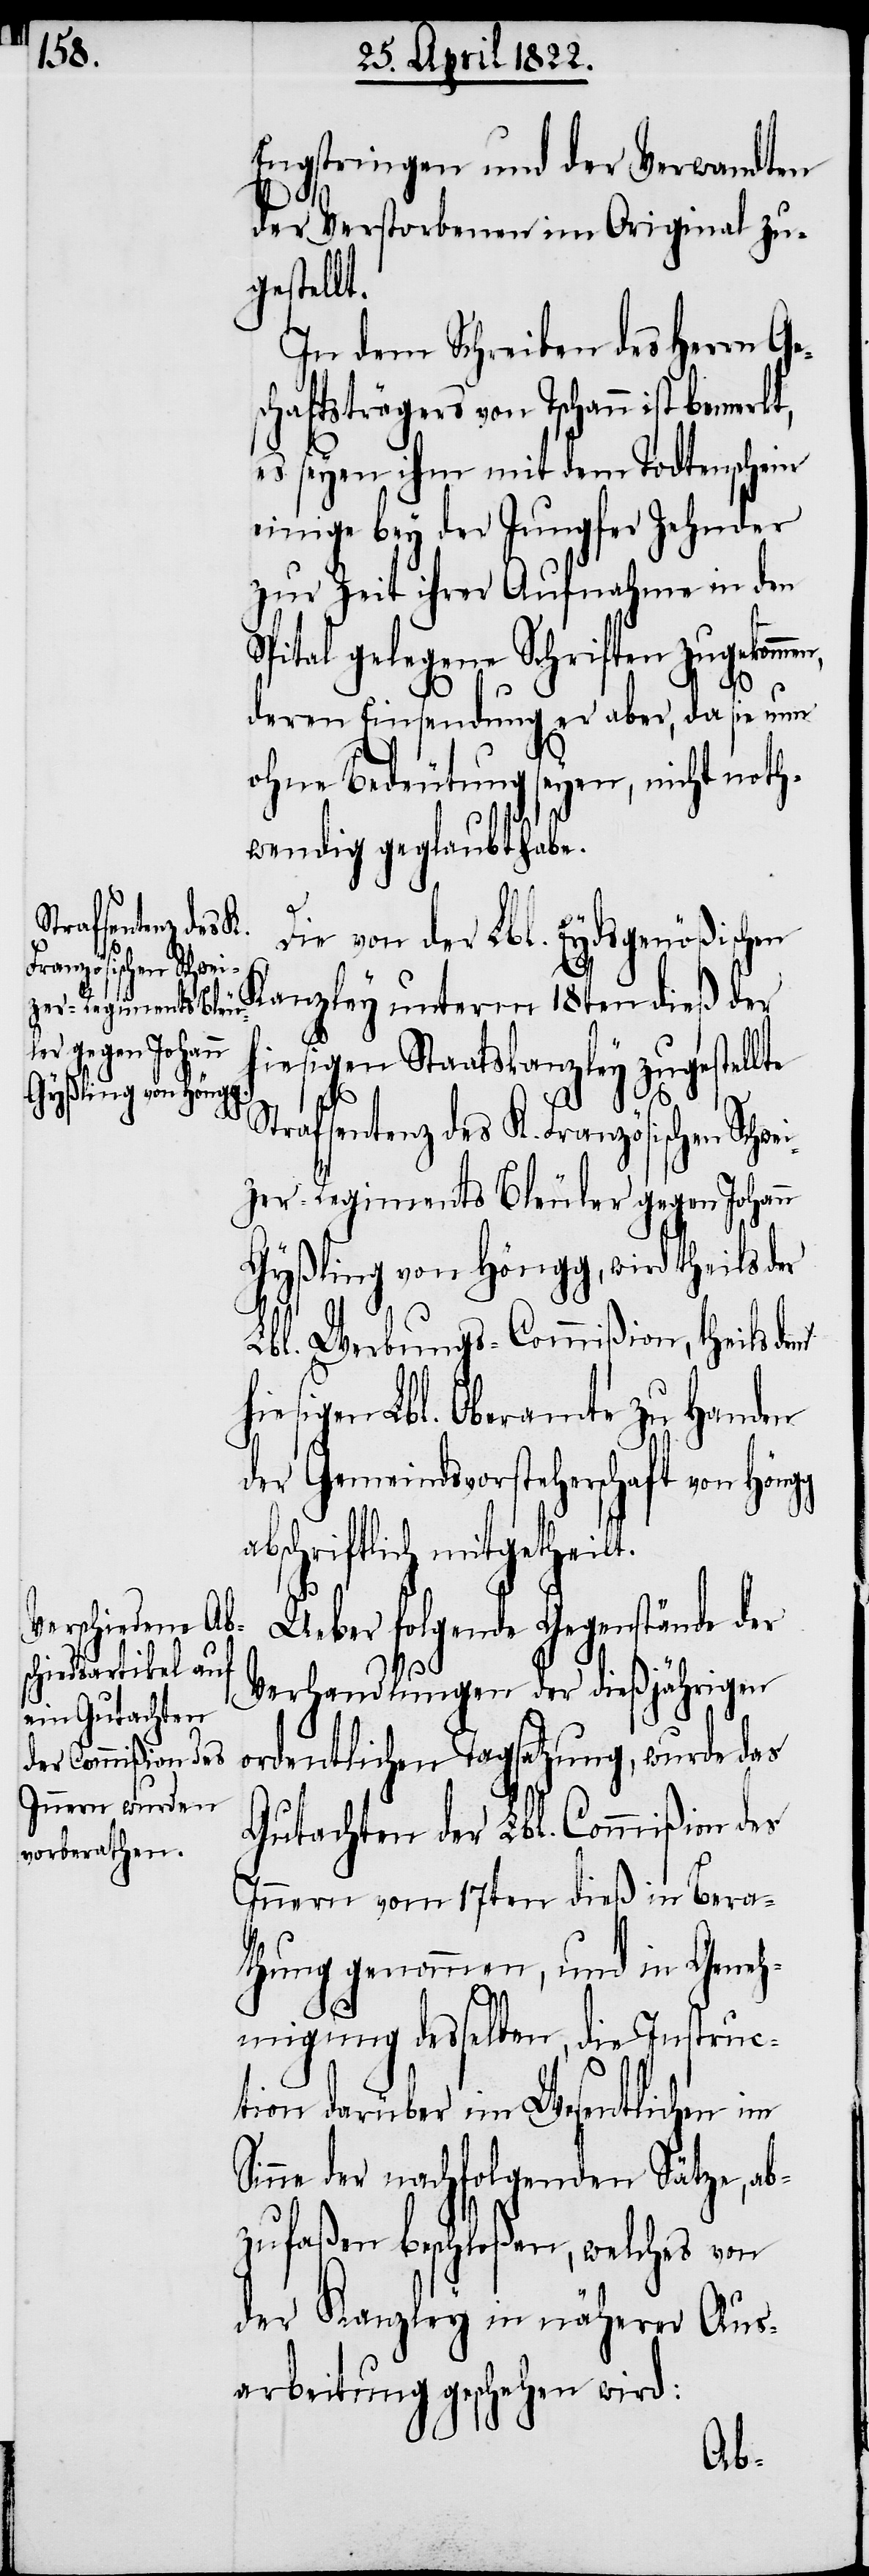
Engstringen und der Verwandten
der Verstorbenen im Original zu¬
gestellt.
In dem Schreiben des Herrn Ge¬
chaftsträgers von Tschann ist
es seyen ihm mit dem Todtenschein
einige bey der Jungfer Zehnder
zur Zeit ihrer Aufnahme in den
Spital gelegene Schriften zugekomme¬
h¬
deren Einsendung er aber, da sie nun
ohne Bedeutung seyen. nicht noth¬
wendig geglaubt habe.
Die von der Lbl. Eidgenößischen
Kanzley unterm 18ten dieß der
hiesigen Staatskanzley zugestellte
Strafsentenz des K. Französischen Schwe¬
izer-Regiments Bleuler gegen Johann
Gyßling von Höngg, wird theils der
Lbl. Werbungs-Commißion, theils dem
iesigen Lbl. Oberamte zu Handen
der Gemeindsvorsteherschaft von Höngg
abschriftlich mitgetheilt.
Ueber folgende Gegenstände der
Verhandlungen der dießjährigen
ordentlichen Tagsatzung, wurde das
Gutachten der Lbl. Commißion des
Innern vom 17ten dieß in Bera¬
thung genommen, und in Geneh¬
migung desselben, die Instruc¬
tion darüber im Wesentlichen im
Sinne der nachfolgenden Sätze, ab¬
zufaßen beschloßen, welches von
der Kanzley in näherer Aus¬
arbeitung geschehen wird: